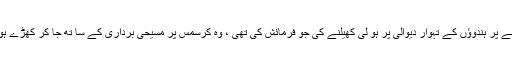
آپ نے شائد امریکہ کے کہنے پر ہندوؤں کے تہوار دیوالی پر ہو لی کھیلنے کی جو فرمائش کی تھی ، وہ کرسمس پر مسیحی برداری کے سا تھ جا کر کھڑے ہو کر پوری کر سکتے تھے ۔